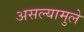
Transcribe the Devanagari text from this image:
असल्यामुले